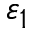
\varepsilon _ { 1 }